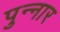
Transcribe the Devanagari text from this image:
पुन्नार